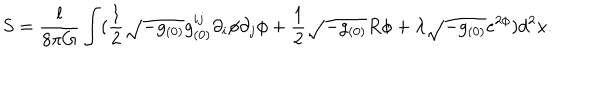
S = \frac { l } { 8 \pi G } \int ( \frac { 1 } { 2 } \sqrt { - g _ { ( 0 ) } } g _ { ( 0 ) } ^ { i j } \partial _ { i } \phi \partial _ { j } \phi + \frac { 1 } { 2 } \sqrt { - g _ { ( 0 ) } } R \phi + \lambda \sqrt { - g _ { ( 0 ) } } e ^ { 2 \phi } ) d ^ { 2 } x .